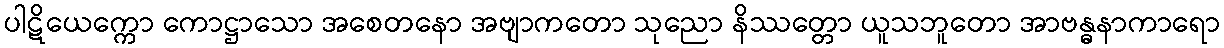
ပါဋိယေက္ကော ကောဋ္ဌာသော အစေတနော အဗျာကတော သုညော နိဿတ္တော ယူသဘူတော အာဗန္ဓနာကာရော